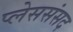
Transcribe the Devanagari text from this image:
प्लेससंसद